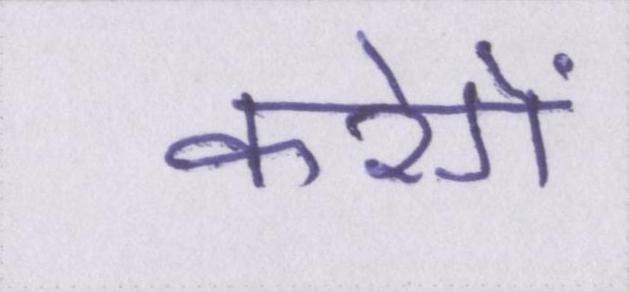
करेगें